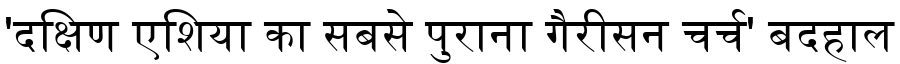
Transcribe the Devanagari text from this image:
'दक्षिण एशिया का सबसे पुराना गैरीसन चर्च' बदहाल